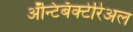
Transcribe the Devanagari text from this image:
ॲन्टिबॅक्‍टेरिअल